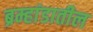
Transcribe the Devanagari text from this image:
ब्रम्हांडातील